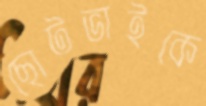
ছোটভাইকে